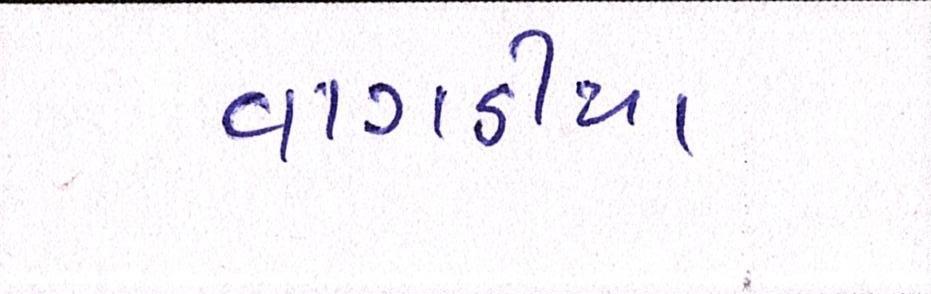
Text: વાગડીયા